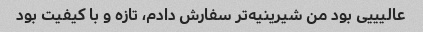
عالیییی بود من شیرینیه‌تر سفارش دادم، تازه و با کیفیت بود